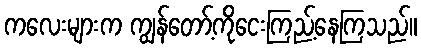
ကလေးများက ကျွန်တော့်ကိုငေးကြည့်နေကြသည်။